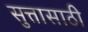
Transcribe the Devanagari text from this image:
सुत्तासाठी